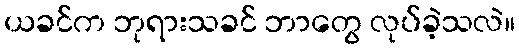
ယခင်က ဘုရားသခင် ဘာတွေ လုပ်ခဲ့သလဲ။